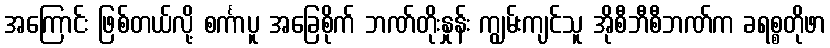
အကြောင်း ဖြစ်တယ်လို့ စင်္ကာပူ အခြေစိုက် ဘဏ်တိုးနှုန်း ကျွမ်းကျင်သူ အိုစီဘီစီဘဏ်က ခရစ္စတိုဖာ